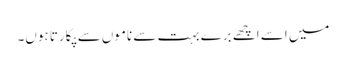
میں اسے اچھے برے بہت سے ناموں سے پکارتا ہوں۔